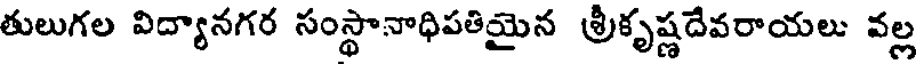
తులుగల విద్యానగర సంస్థానాధిపతియైన శ్రీకృష్ణదేవరాయలు వల్ల